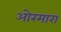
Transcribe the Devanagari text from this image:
ओरमारा